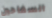
السفاحين